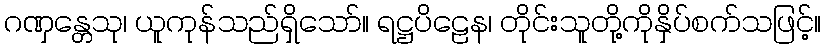
ဂဏှန္တေသု၊ ယူကုန်သည်ရှိသော်။ ရဋ္ဌပိဠေန၊ တိုင်းသူတို့ကိုနှိပ်စက်သဖြင့်။